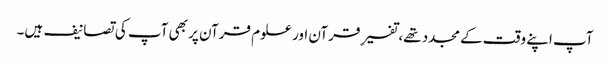
آپ اپنے وقت کے مجدد تھے، تفسیرِ قرآن اور علوم قرآن پر بھی آپ کی تصانیف ہیں۔